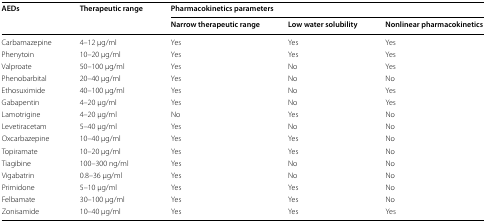
<table><thead><tr><td rowspan="2"><b>AEDs</b></td><td rowspan="2"><b>Therapeutic range</b></td><td colspan="3"><b>Pharmacokinetics parameters</b></td></tr><tr><td><b>Narrow therapeutic range</b></td><td><b>Low water solubility</b></td><td><b>Nonlinear pharmacokinetics</b></td></tr></thead><tbody><tr><td>Carbamazepine</td><td>4–12 μg/ml</td><td>Yes</td><td>Yes</td><td>Yes</td></tr><tr><td>Phenytoin</td><td>10–20 μg/ml</td><td>Yes</td><td>Yes</td><td>Yes</td></tr><tr><td>Valproate</td><td>50–100 μg/ml</td><td>Yes</td><td>No</td><td>Yes</td></tr><tr><td>Phenobarbital</td><td>20–40 μg/ml</td><td>Yes</td><td>No</td><td>No</td></tr><tr><td>Ethosuximide</td><td>40–100 μg/ml</td><td>Yes</td><td>No</td><td>Yes</td></tr><tr><td>Gabapentin</td><td>4–20 μg/ml</td><td>Yes</td><td>No</td><td>Yes</td></tr><tr><td>Lamotrigine</td><td>4–20 μg/ml</td><td>No</td><td>Yes</td><td>No</td></tr><tr><td>Levetiracetam</td><td>5–40 μg/ml</td><td>Yes</td><td>No</td><td>No</td></tr><tr><td>Oxcarbazepine</td><td>10–40 μg/ml</td><td>Yes</td><td>Yes</td><td>No</td></tr><tr><td>Topiramate</td><td>10–20 μg/ml</td><td>Yes</td><td>Yes</td><td>No</td></tr><tr><td>Tiagibine</td><td>100–300 ng/ml</td><td>Yes</td><td>No</td><td>No</td></tr><tr><td>Vigabatrin</td><td>0.8–36 μg/ml</td><td>Yes</td><td>No</td><td>No</td></tr><tr><td>Primidone</td><td>5–10 μg/ml</td><td>Yes</td><td>Yes</td><td>No</td></tr><tr><td>Felbamate</td><td>30–100 μg/ml</td><td>Yes</td><td>Yes</td><td>No</td></tr><tr><td>Zonisamide</td><td>10–40 μg/ml</td><td>Yes</td><td>Yes</td><td>Yes</td></tr></tbody></table>